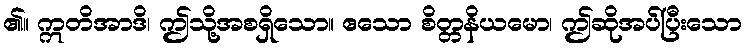
၏။ ဣတိအာဒိ၊ ဤသို့အစရှိသော။ ဧသော စိတ္တနိယမော၊ ဤဆိုအပ်ပြီးသော